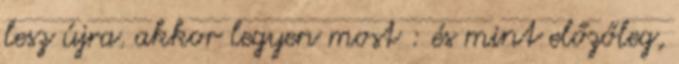
lesz újra. akkor legyen most : és mint előzőleg,